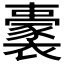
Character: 𧞢